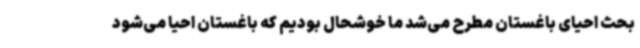
بحث احیای باغستان مطرح می‌شد ما خوشحال بودیم که باغستان احیا می‌شود